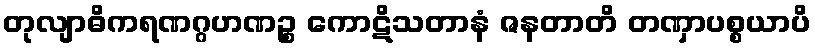
တုလျာဓိကရဏဂ္ဂဟဏဉ္စ ကောဋိသတာနံ ဇနတာတိ တဏှာပစ္စယာပိ